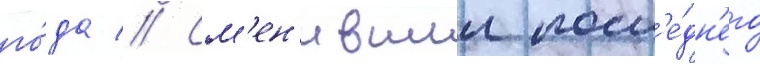
го́да // См'ен'ившии посл'е́дн'его